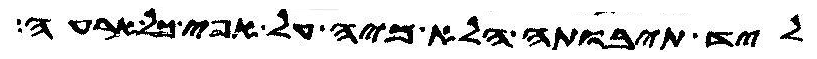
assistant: ליד תיבותה הלא מיה על אפי כל ארעה